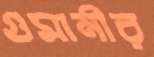
গুমানীর